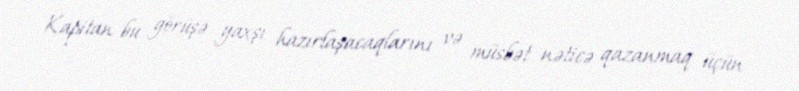
Kapitan bu görüşə yaxşı hazırlaşacaqlarını və müsbət nəticə qazanmaq üçün